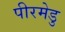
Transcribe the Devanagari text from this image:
पीरमेडु